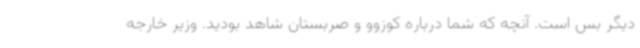
دیگر بس است. آنچه که شما درباره کوزوو و صربستان شاهد بودید. وزیر خارجه